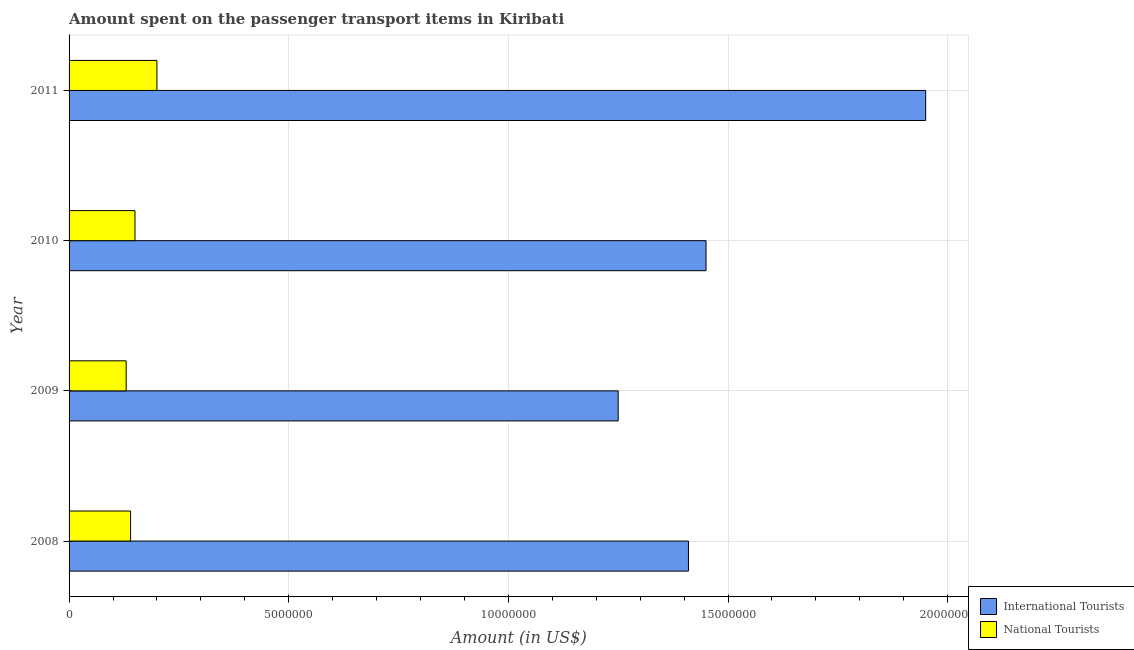
| Year | International Tourists | National Tourists |
 | --- | --- | --- |
 | 2008 | 1.41e+07 | 1.4e+06 |
 | 2009 | 1.25e+07 | 1.3e+06 |
 | 2010 | 1.45e+07 | 1.5e+06 |
 | 2011 | 1.95e+07 | 2e+06 |